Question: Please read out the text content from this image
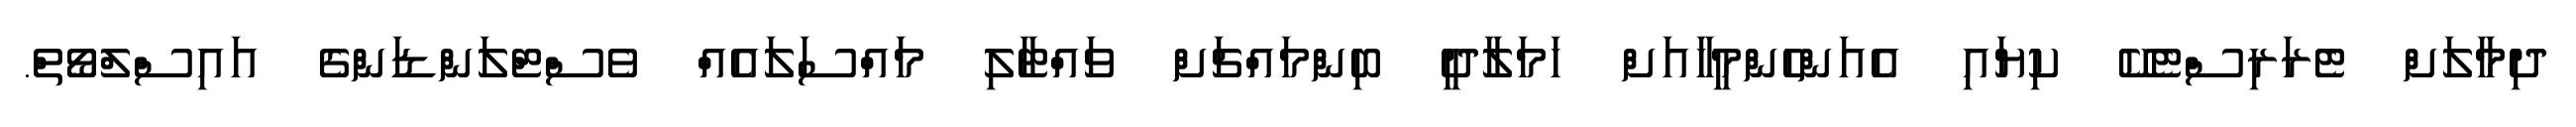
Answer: ދިމާލަށް ޓެރަރިސްޓެކޭ ކިޔައި އެއަންހެންމީހާއަށް ހަމަލާދީ ބިންމައްޗަށް ވައްޓާލި މައްސަލައެއް ވެސްޓްލަންޑަންގެ އައިސްލްވޯތް.